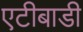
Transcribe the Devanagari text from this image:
एटीबाडी